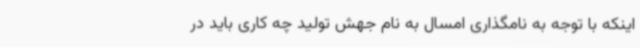
اینکه با توجه به نامگذاری امسال به نام جهش تولید چه کاری باید در